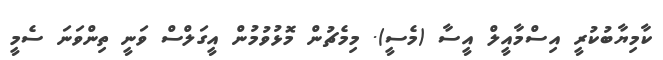
ކާމިޔާބުކުރީ އިސްމާއީލް އީސާ (މެސީ). މިމެޗުން މޮޅުވުމުން އީގަލްސް ވަނީ ތިންވަނަ ސެމީ